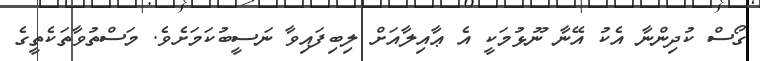
ގޯސް ކުދިންނާ އެކު އޭނާ ނޫޅުމަކީ އެ ޢާއިލާއަށް ލިބިފައިވާ ނަސީބުކަމަށެވެ. މަސްތުވާތަކެތީގެ